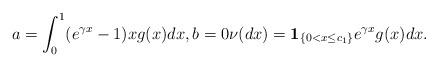
LaTeX: \begin{align*} a= \int_{0}^1(e^{\gamma x}-1)x g(x)dx,b=0 \nu(dx)= {\bf 1}_{\{0 < x \le c_1\}}e^{\gamma x} g(x)dx. \end{align*}